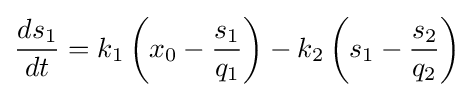
{\frac {ds_{1}}{dt}}=k_{1}\left(x_{0}-{\frac {s_{1}}{q_{1}}}\right)-k_{2}\left(s_{1}-{\frac {s_{2}}{q_{2}}}\right)